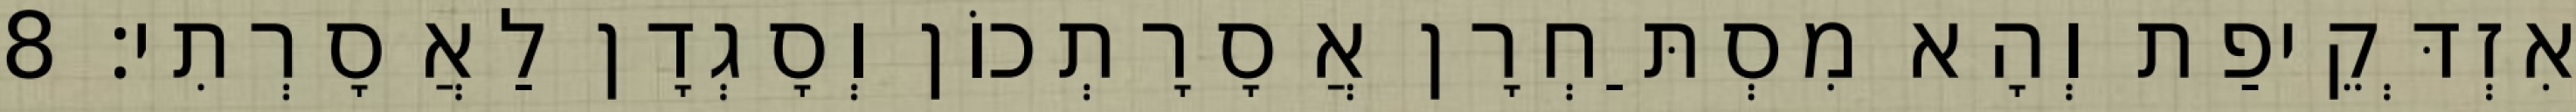
אִזְדְּקֵיפַת וְהָא מִסְתַּחְרָן אֲסָרָתְכוֹן וְסָגְדָן לַאֲסָרְתִי׃ 8